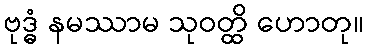
ဗုဒ္ဓံ နမဿာမ သုဝတ္ထိ ဟောတု။